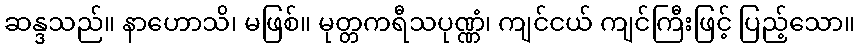
ဆန္ဒသည်။ နာဟောသိ၊ မဖြစ်။ မုတ္တကရီသပုဏ္ဏံ၊ ကျင်ငယ် ကျင်ကြီးဖြင့် ပြည့်သော။